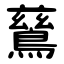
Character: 鶿